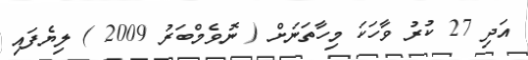
އަދި 27 ކުރު ވާހަކަ މިހާތަނަށް ( ނޮވެމްބަރު 2009 ) ލިޔެފައި